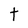
Character: t